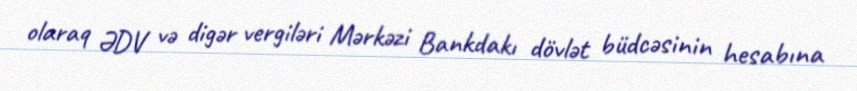
olaraq ƏDV və digər vergiləri Mərkəzi Bankdakı dövlət büdcəsinin hesabına